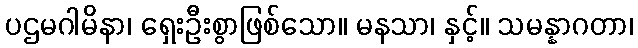
ပဌမဂါမိနာ၊ ရှေးဦးစွာဖြစ်သော။ မနသာ၊ နှင့်။ သမန္နာဂတာ၊